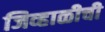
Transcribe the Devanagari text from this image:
जिव्हाळीची